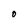
Character: O